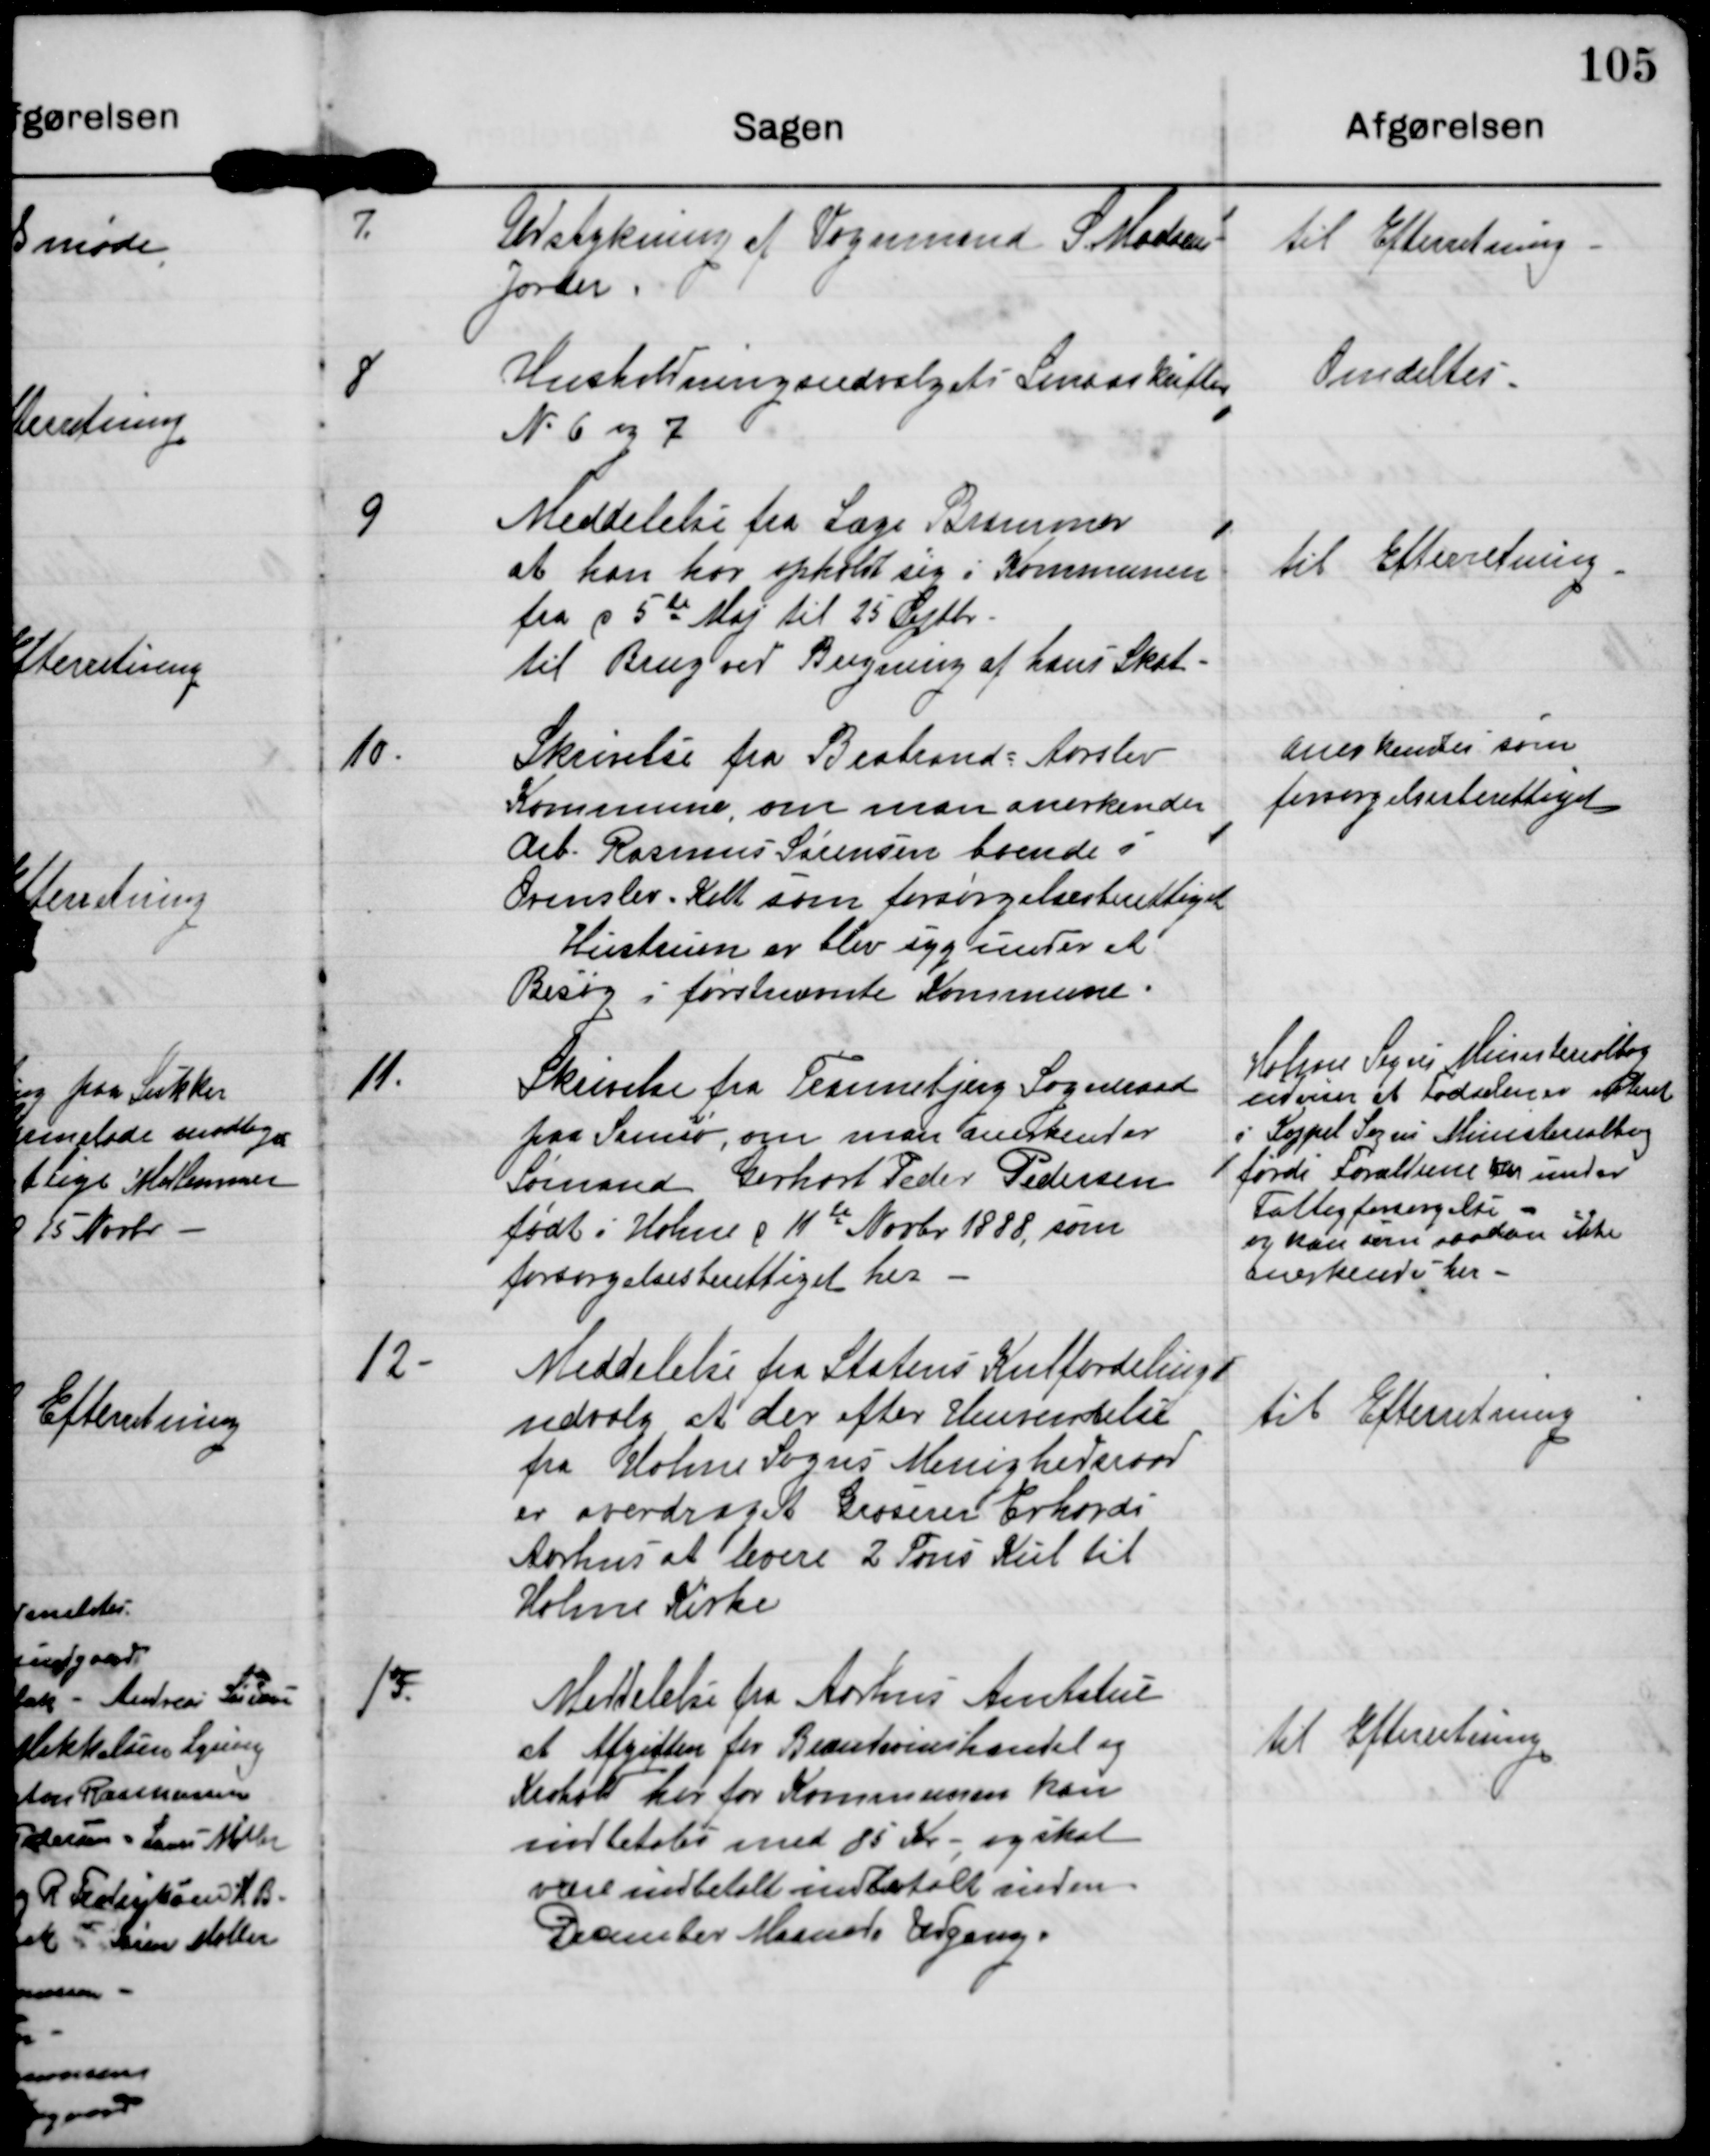
Transskription:
7.

Udstykning af Vognmand S Madsens
Jorder.

til Efterretning

8

Husholdningsudvalgets Landsskrifter
N 6 og 7

Omdeltes

9

Meddelelse fra Læge Brammer
at han har opholdt sig i Kommunen
fra d 5de Maj til 25 Septbr
til Brug ved Beregning af hans Skat

til Efterretning

10

Skrivelse fra Brabrand-Aarslev
Kommune, om man anerkender
Arb. Rasmus Sørensen boende i
Ormslev Kolt som forsørgelsesberettiget.
Hustruen er blev syg under et
Besøg i førstnævnte Kommune.

anerkendes som
forsørgelsesberettiget

11.

Skrivelse fra Tranebjerg Sogneraad
paa Samsø, om man anerkender
Sømand Gerhart Peder Pedersen
født i Holme d 11de Novbr 1888, som
forsørgelsesberettiget her.

Holme Sogns Ministrialbog
udviser at Fødselen er noteret
i Kappel Sogns Ministerialbog
fordi Forældrene er under
Fattigforsørgelse
og kan som saadan ikke
anerkendes her.

12

Meddelelse fra Statens Kulfordelings-
udvalg, at der efter Henvendelse
fra Holme Sogns Menighedsraad
er overdraget Groserer Erhard i
Aarhus at levere 2 Tons Kul til
Holme Kirke.

til Efterretning

13

Meddelelse fra Aarhus Amtsstue
at Afgiften for Brændevinshandel og
Krohold her for Kommunen kan
indbetales med 85 Kr, og skal
være indbetalt indbetalt inden
December Maaneds Udgang.

til Efterretning